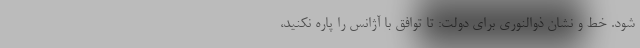
شود. خط و نشان ذوالنوری برای دولت: تا توافق با آژانس را پاره نکنید،